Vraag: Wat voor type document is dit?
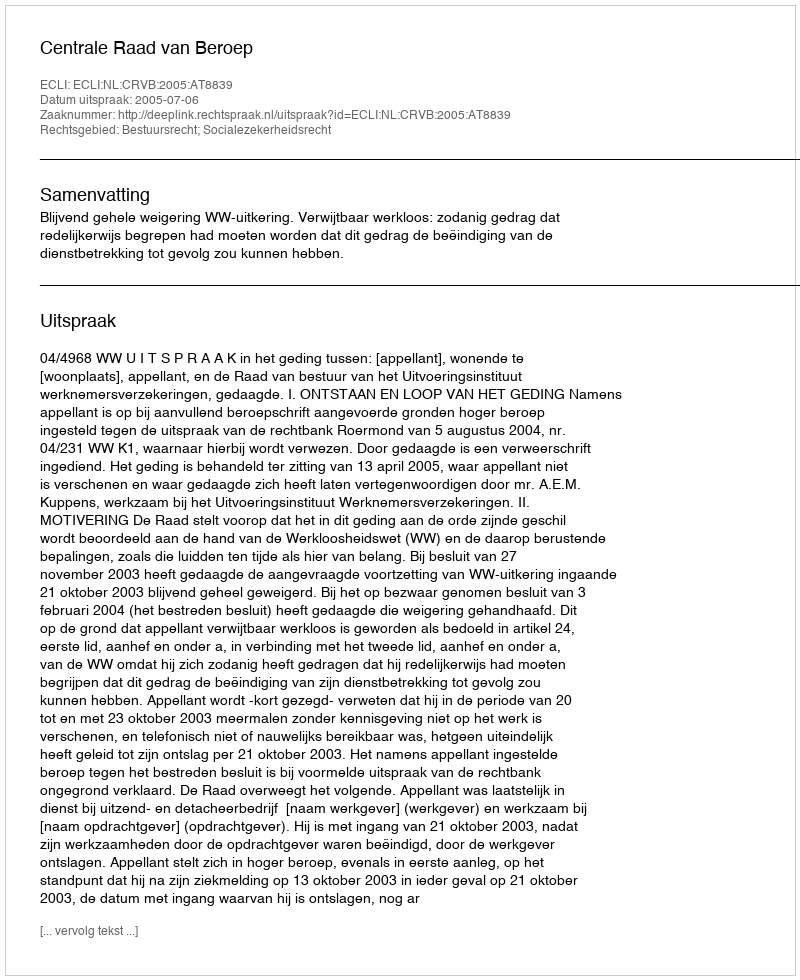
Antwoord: Uitspraak